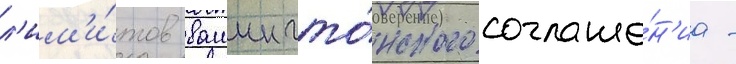
л'им'и́тов вашингто́нского соглаше́н'иа -